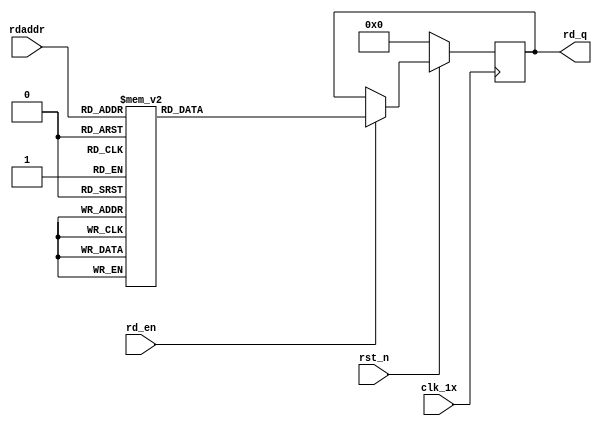
`timescale 1ns / 1ps
module F_normal_t10_next_Rom1(
input	          							clk_1x,
input	          							rst_n,
//////////////////////////////////////////////////////////////
input										rd_en,
input				[4:0]				rdaddr,
output		reg			[159:0]				rd_q
);

always @(posedge clk_1x)begin
	if(~rst_n)begin
		rd_q <= 160'b0;
	end
	else if(rd_en == 1'b1)begin
		case(rdaddr)
			5'h13: rd_q <= 160'b0100010011010011011011101000111011000000011000100100010111111011111000000111010100001111001010110111110001100110001010100001111111011011100110000101010000000011;
			5'h12: rd_q <= 160'b1010110011110011010110010001001011001111001100010111010000101000010001011011010111000000011110110010110001010111111011000100001100111001001011000011110011100011;
			5'h11: rd_q <= 160'b1100101010100001101000001110110011110011011011010100000000011111100001100101111110001000000010101011111001010010111000101001010101010011100110101111011010001001;
			5'h10: rd_q <= 160'b1111101110111100000001011000010110101011011110111011110110000111011001101011100000001110011001001111010100001001010010010100001101100000000001101011110111100010;
			5'h0f: rd_q <= 160'b0101111110100000111111111000110101011011110111101111010110101000001111000000001111111101011100111111001111100101010111011100001001101011101100011000111110011110;
			5'h0e: rd_q <= 160'b1111100000011100110100100001010010000111110100011001010100001010111000011000000000101110010101000111101001010110010101110000010010110110100011000011010101101011;
			5'h0d: rd_q <= 160'b1010010011010101111110110111111110001101011110101000111101000111110010001011101010010100101111110011110011011101000110010111110111011001001100100010001000000010;
			5'h0c: rd_q <= 160'b0011100101000101010011111011101000000001101010111001001110011100111011001110001001110111010101111110101001111001101101101000001001100011010111001100010100000011;
			5'h0b: rd_q <= 160'b1010110010001110110011110011001111111011111100001011110111111110001000101011100101010111000000110101000011000001111100111101111110100100100101001111100001110010;
			5'h0a: rd_q <= 160'b0000101000010000011110000110101010011101111101001010101000101101010111010010111110110000110010110011011100111111001101011110000011011010000010110101110011011000;
			5'h09: rd_q <= 160'b1111011010111000101000101101111000100010000111101100000110011010011110011110101101011011011101110100000100111011000110111101111001101100001010111100001011011000;
			5'h08: rd_q <= 160'b1111011001000100000010100000010010010110101000010010101111110001110011101100111110011111100111001111110101001101000111111111000001010010100111011110001001000110;
			5'h07: rd_q <= 160'b0000111000000111100001000100011101000110100111111101111111100100111011001100010010010110111100010001111101010100110110111010110100001000010001001101000010000010;
			5'h06: rd_q <= 160'b1011000001001001010000001101100010111001101001001111110100111011100011110010110000010111000000110101110010010110011010110111111100000100101111010001101111110111;
			5'h05: rd_q <= 160'b0110010100111111010001100100011100110101111010000101100011000011000110110100001011011000111011000011011100011011000000001000001111001000111000100110000011101001;
			5'h04: rd_q <= 160'b0001010000001111100111111011011100100000001010101101010001101110011010101000000010000101110111000010100100011001011010111000111011110111111110010001001101110000;
			5'h03: rd_q <= 160'b0011001101001001011000110111101101100111000010011001100101010111011001100100110101000100110110101011110100000011100001101110001110010101110111011100011000010010;
			5'h02: rd_q <= 160'b1110010110010011101110110001001011110101111111111011111111111000001001001100111011010010001100001101010001001011100111001011101001100111010111101100001111100010;
			5'h01: rd_q <= 160'b0101111110111110110100000011001111001100100000000111000110101010010000110100000110001011101011111010011111000100000111110001011110010010101101101101011111100000;
			5'h00: rd_q <= 160'b0110011011100101011001110001100110010011100111111110011101110111101110100000110011001001001101010110110111110010111110110000111100100001110001101100100011010101;
		default:rd_q <= 160'b0;
		endcase
	end
end

endmodule